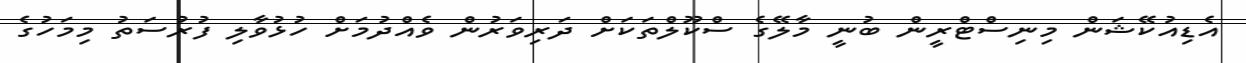
އެޑިއުކޭޝަން މިނިސްޓްރީން ބުނީ މާލޭގެ ސްކޫލްތަކަށް ދަރިވަރުން ވެއްދުމަށް ހުޅުވާލި ފުރުސަތު މިމަހުގެ